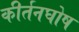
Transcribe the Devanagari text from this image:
कीर्तनघोष